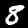
Digit: 8